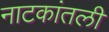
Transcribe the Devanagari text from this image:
नाटकांतली